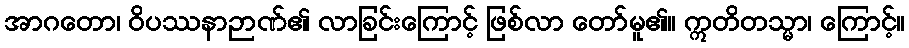
အာဂတော၊ ဝိပဿနာဉာဏ်၏ လာခြင်းကြောင့် ဖြစ်လာ တော်မူ၏။ ဣတိတသ္မာ၊ ကြောင့်။